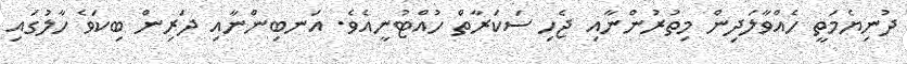
ދުނިޔެމަތީ ހެއްވާލަދިން މިތުރުންނާއި ޖެހި ސަކަރާތް ހުއްޓުނީއެވެ. އަނބިންނާއި ދަރިން ބިކަވެ ހާލުގައި